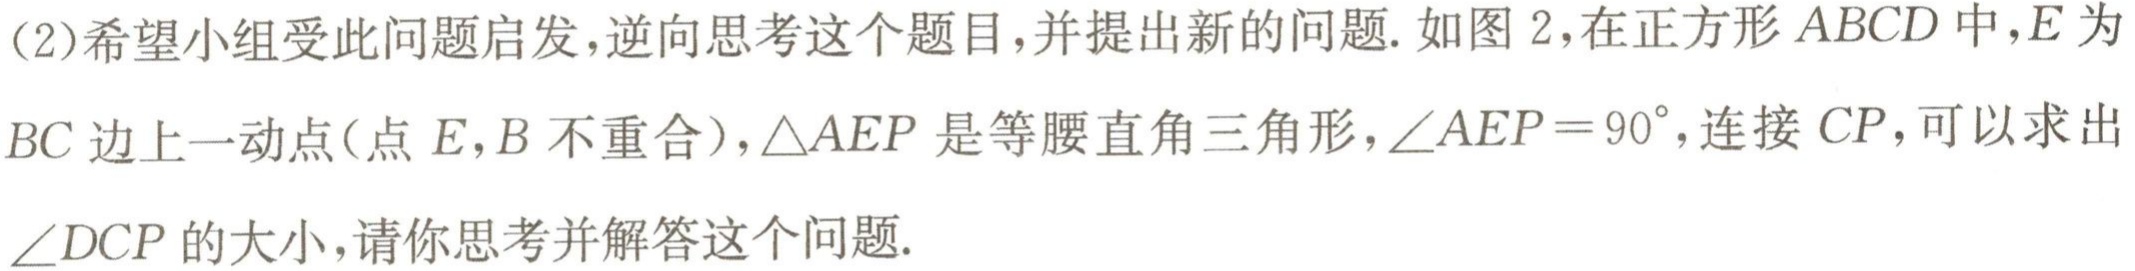
(2)希望小组受此问题启发,逆向思考这个题目,并提出新的问题.如图2,在正方形\(ABCD\)中,\(E\)为
\(BC\)边上一动点(点\(E,B\)不重合),\(\triangle AEP\)是等腰直角三角形,\(\angle AEP = 90^{\circ}\),连接\(CP\),可以求出
\(\angle DCP\)的大小,请你思考并解答这个问题.